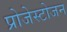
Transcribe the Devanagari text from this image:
प्रोजेस्टोजन